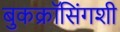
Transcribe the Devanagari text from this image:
बुकक्रॉसिंगशी